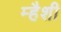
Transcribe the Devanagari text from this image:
म्हैशी